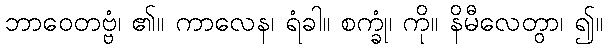
ဘာဝေတဗ္ဗံ၊ ၏။ ကာလေန၊ ရံခါ။ စက္ခုံ၊ ကို။ နိမီလေတွာ၊ ၍။